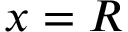
x = R